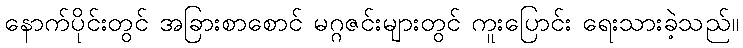
နောက်ပိုင်းတွင် အခြားစာစောင် မဂ္ဂဇင်းများတွင် ကူးပြောင်း ရေးသားခဲ့သည်။